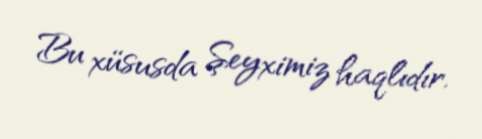
Bu xüsusda Şeyximiz haqlıdır.